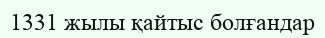
1331 жылы қайтыс болғандар